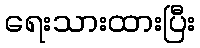
ရေးသားထားပြီး